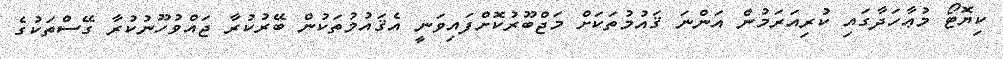
ކިޔޮޓޯ މުޢާހަދާގައި ކުރިއަރަމުން އަންނަ ޤައުމުތަކަށް މަޖްބޫރުކޮށްފައިވަނީ އެޤައުމުތަކުން ބޭރުކުރާ ޖައްވުހޫނުކުރާ ގޭސްތަކުގެ